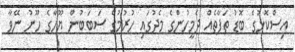
އިސްކޮޅުގެ ބޮޑު ތަފާތެއް ދެމީހުންގެ މެދުގައި ހުރުމުގެ ސަބަބުން ޔޫހާގެ ހޫނު ނޭވާ